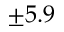
\pm 5 . 9